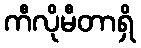
ကီလိုမီတာရှိ